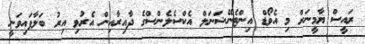
ރައީސް ޔާމީނަށް މި އެވޯޑް އިންޓެނޭޝަނަލް އެކްސެލެންސްގެ ދާއިރާއިން އެރުވި އިރު ބަލާފައިވަނީ